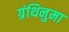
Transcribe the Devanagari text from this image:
ग्रंथिनुमा